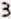
3